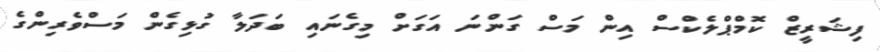
ފިޝަރީޒް ކޮމްޕްލެކްސް އިން މަސް ގަންނަ އަގަށް މިގެނައި ބަދަލާ ގުޅިގެން މަސްވެރިންގެ